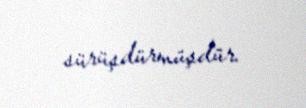
sürüşdürmüşdür.